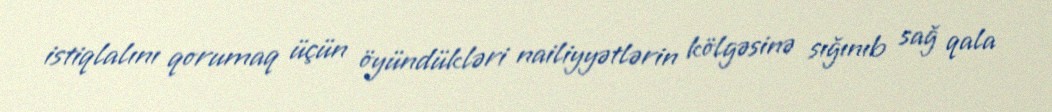
istiqlalını qorumaq üçün öyündükləri nailiyyətlərin kölgəsinə sığınıb sağ qala